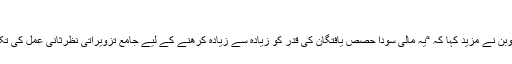
”
جناب کیوبن نے مزید کہا کہ “یہ مالی سودا حصص یافتگان کی قدر کو زیادہ سے زیادہ کرھنے کے لیے جامع تزویراتی نظرثانی عمل کی تکمیل ہے۔